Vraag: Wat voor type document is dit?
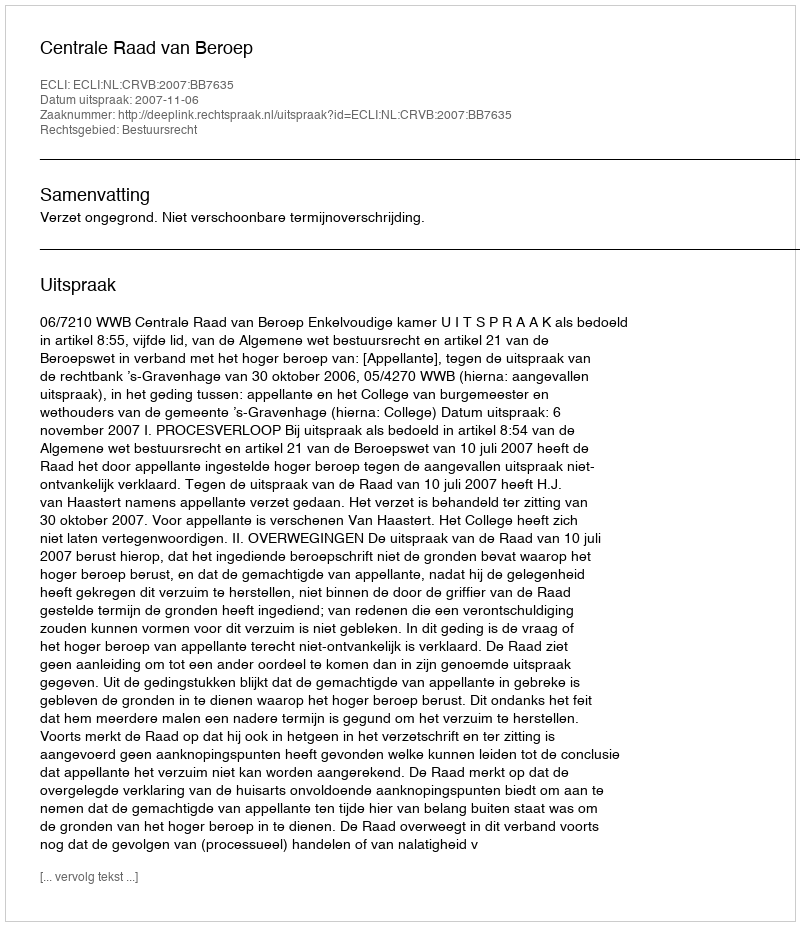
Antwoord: Uitspraak